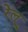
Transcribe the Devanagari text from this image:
रेल्